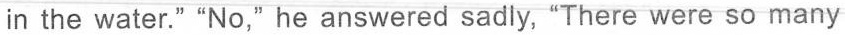
in the water."“No,"he answered sadly, “There were so many